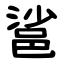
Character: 䣉